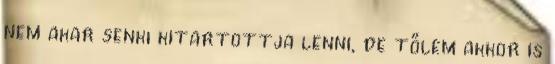
nem akar senki kitartottja lenni, de tőlem akkor is